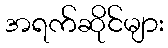
အရက်ဆိုင်များ